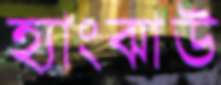
হ্যাংঝাউ